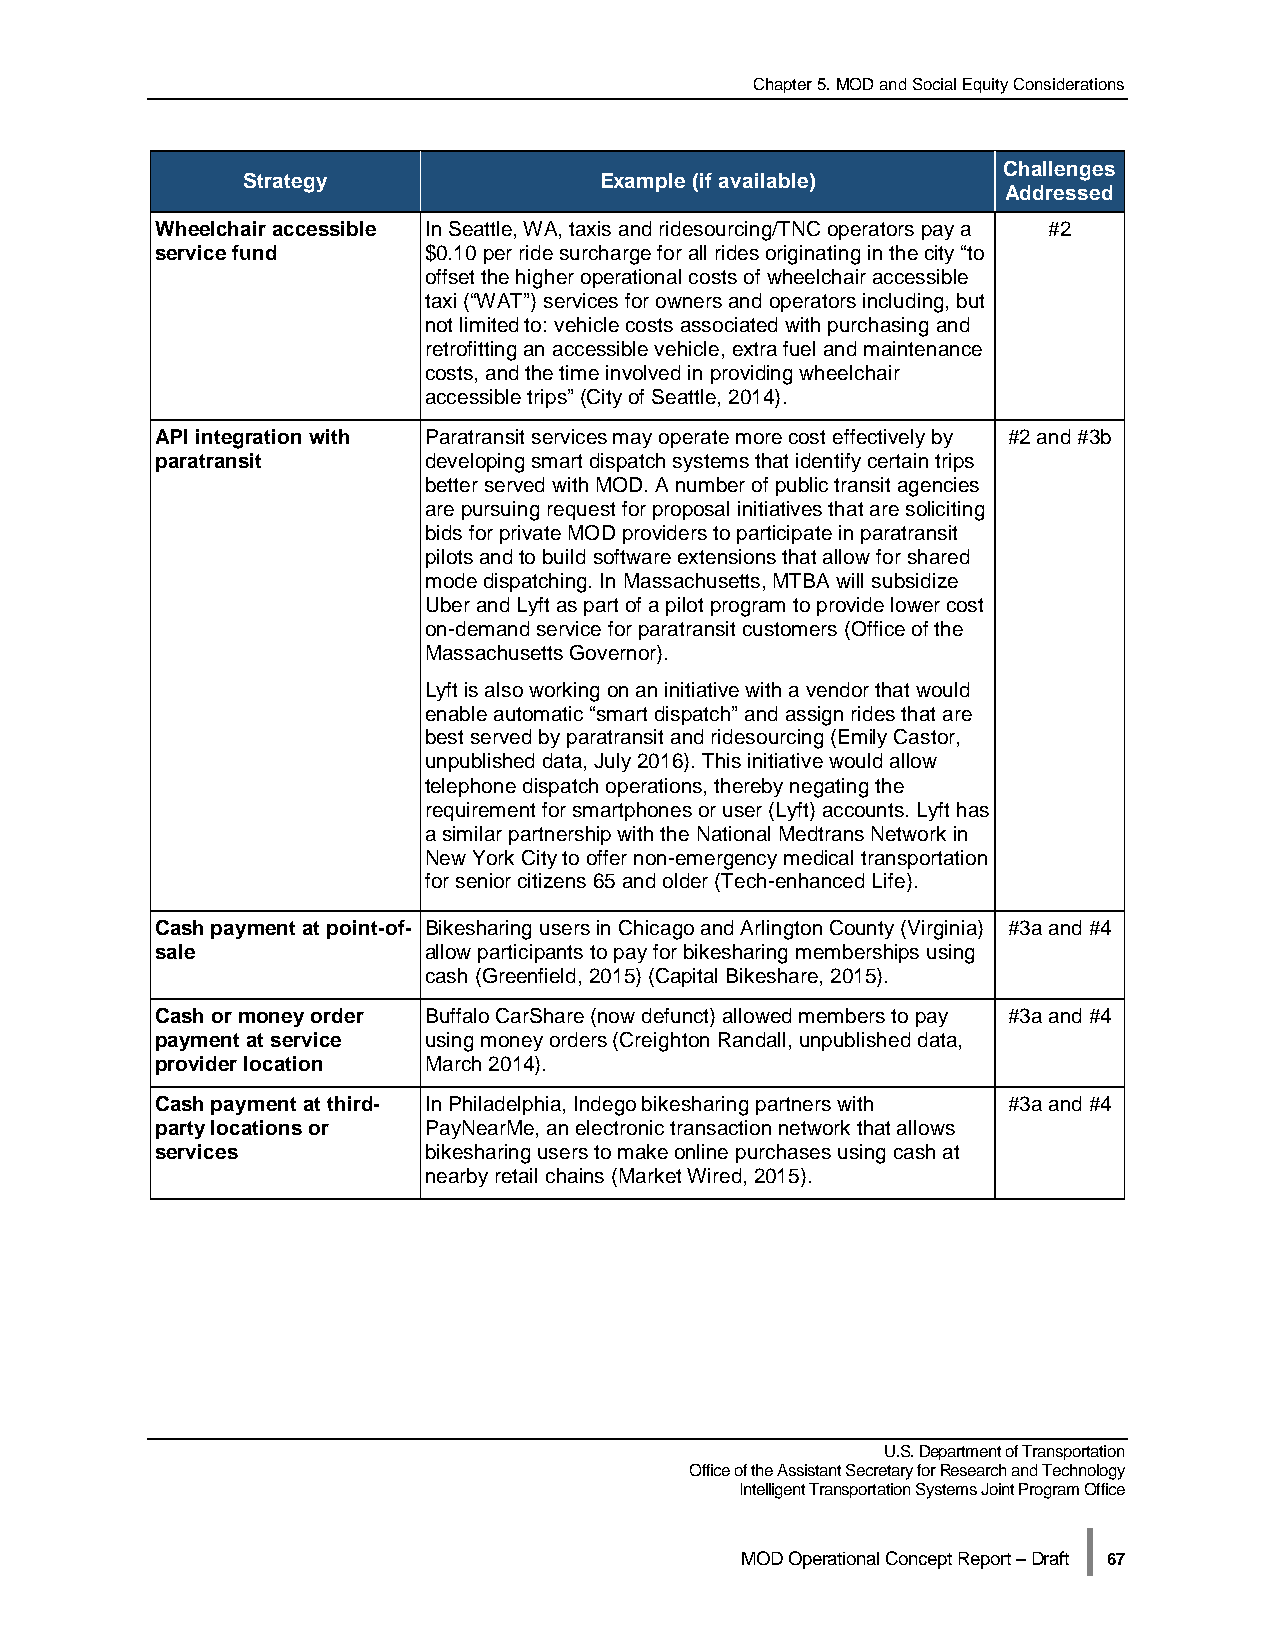
Chapter 5. MOD and Social Equity Considerations
 Challenges
 Strategy                Example (if available)
 Addressed
 Wheelchair accessible In Seattle, WA, taxis and ridesourcing/TNC operators pay a #2
 service fund      $0.10 per ride surcharge for all rides originating in the city “to
 offset the higher operational costs of wheelchair accessible
 taxi (“WAT”) services for owners and operators including, but
 not limited to: vehicle costs associated with purchasing and
 retrofitting an accessible vehicle, extra fuel and maintenance
 costs, and the time involved in providing wheelchair
 accessible trips” (City of Seattle, 2014).
 API integration with Paratransit services may operate more cost effectively by #2 and #3b
 paratransit       developing smart dispatch systems that identify certain trips
 better served with MOD. A number of public transit agencies
 are pursuing request for proposal initiatives that are soliciting
 bids for private MOD providers to participate in paratransit
 pilots and to build software extensions that allow for shared
 mode dispatching. In Massachusetts, MTBA will subsidize
 Uber and Lyft as part of a pilot program to provide lower cost
 on-demand service for paratransit customers (Office of the
 Massachusetts Governor).
 Lyft is also working on an initiative with a vendor that would
 enable automatic “smart dispatch” and assign rides that are
 best served by paratransit and ridesourcing (Emily Castor,
 unpublished data, July 2016). This initiative would allow
 telephone dispatch operations, thereby negating the
 requirement for smartphones or user (Lyft) accounts. Lyft has
 a similar partnership with the National Medtrans Network in
 New York City to offer non-emergency medical transportation
 for senior citizens 65 and older (Tech-enhanced Life).
 Cash payment at point-of- Bikesharing users in Chicago and Arlington County (Virginia) #3a and #4
 sale              allow participants to pay for bikesharing memberships using
 cash (Greenfield, 2015) (Capital Bikeshare, 2015).
 Cash or money order Buffalo CarShare (now defunct) allowed members to pay #3a and #4
 payment at service using money orders (Creighton Randall, unpublished data,
 provider location March 2014).
 Cash payment at third- In Philadelphia, Indego bikesharing partners with #3a and #4
 party locations or PayNearMe, an electronic transaction network that allows
 services          bikesharing users to make online purchases using cash at
 nearby retail chains (Market Wired, 2015).
 U.S. Department of Transportation
 Office of the Assistant Secretary for Research and Technology
 Intelligent Transportation Systems Joint Program Office
 |
 MOD Operational Concept Report – Draft 67